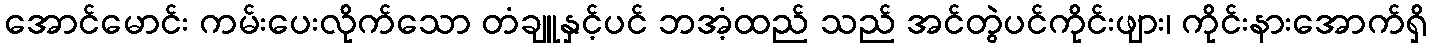
အောင်မောင်း ကမ်းပေးလိုက်သော တံချူနှင့်ပင် ဘအံ့ထည် သည် အင်တွဲပင်ကိုင်းဖျား၊ ကိုင်းနားအောက်ရှိ